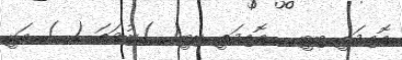
އޮއިމަތީ ބިބީ   އޮއިމަތީ ބިބީ( )ނުވަތަ ( ) އަކީ